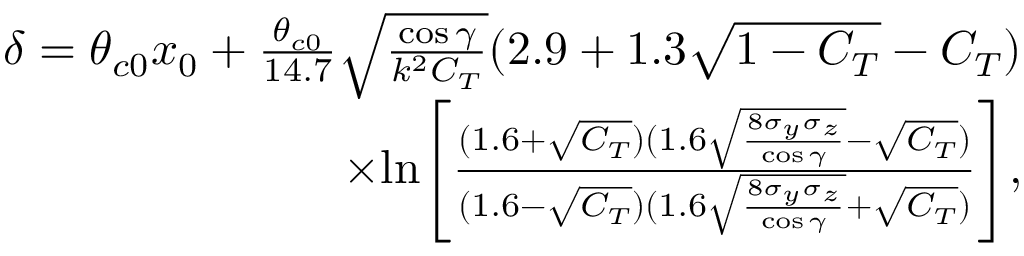
\begin{array} { r } { \delta = \theta _ { c 0 } x _ { 0 } + \frac { \theta _ { c 0 } } { 1 4 . 7 } \sqrt { \frac { \cos { \gamma } } { k ^ { 2 } C _ { T } } } ( 2 . 9 + 1 . 3 \sqrt { 1 - C _ { T } } - C _ { T } ) } \\ { \times \mathrm { l n } \Bigg [ \frac { ( 1 . 6 + \sqrt { C _ { T } } ) ( 1 . 6 \sqrt { \frac { 8 \sigma _ { y } \sigma _ { z } } { \cos { \gamma } } } - \sqrt { C _ { T } } ) } { ( 1 . 6 - \sqrt { C _ { T } } ) ( 1 . 6 \sqrt { \frac { 8 \sigma _ { y } \sigma _ { z } } { \cos { \gamma } } } + \sqrt { C _ { T } } ) } \Bigg ] , } \end{array}